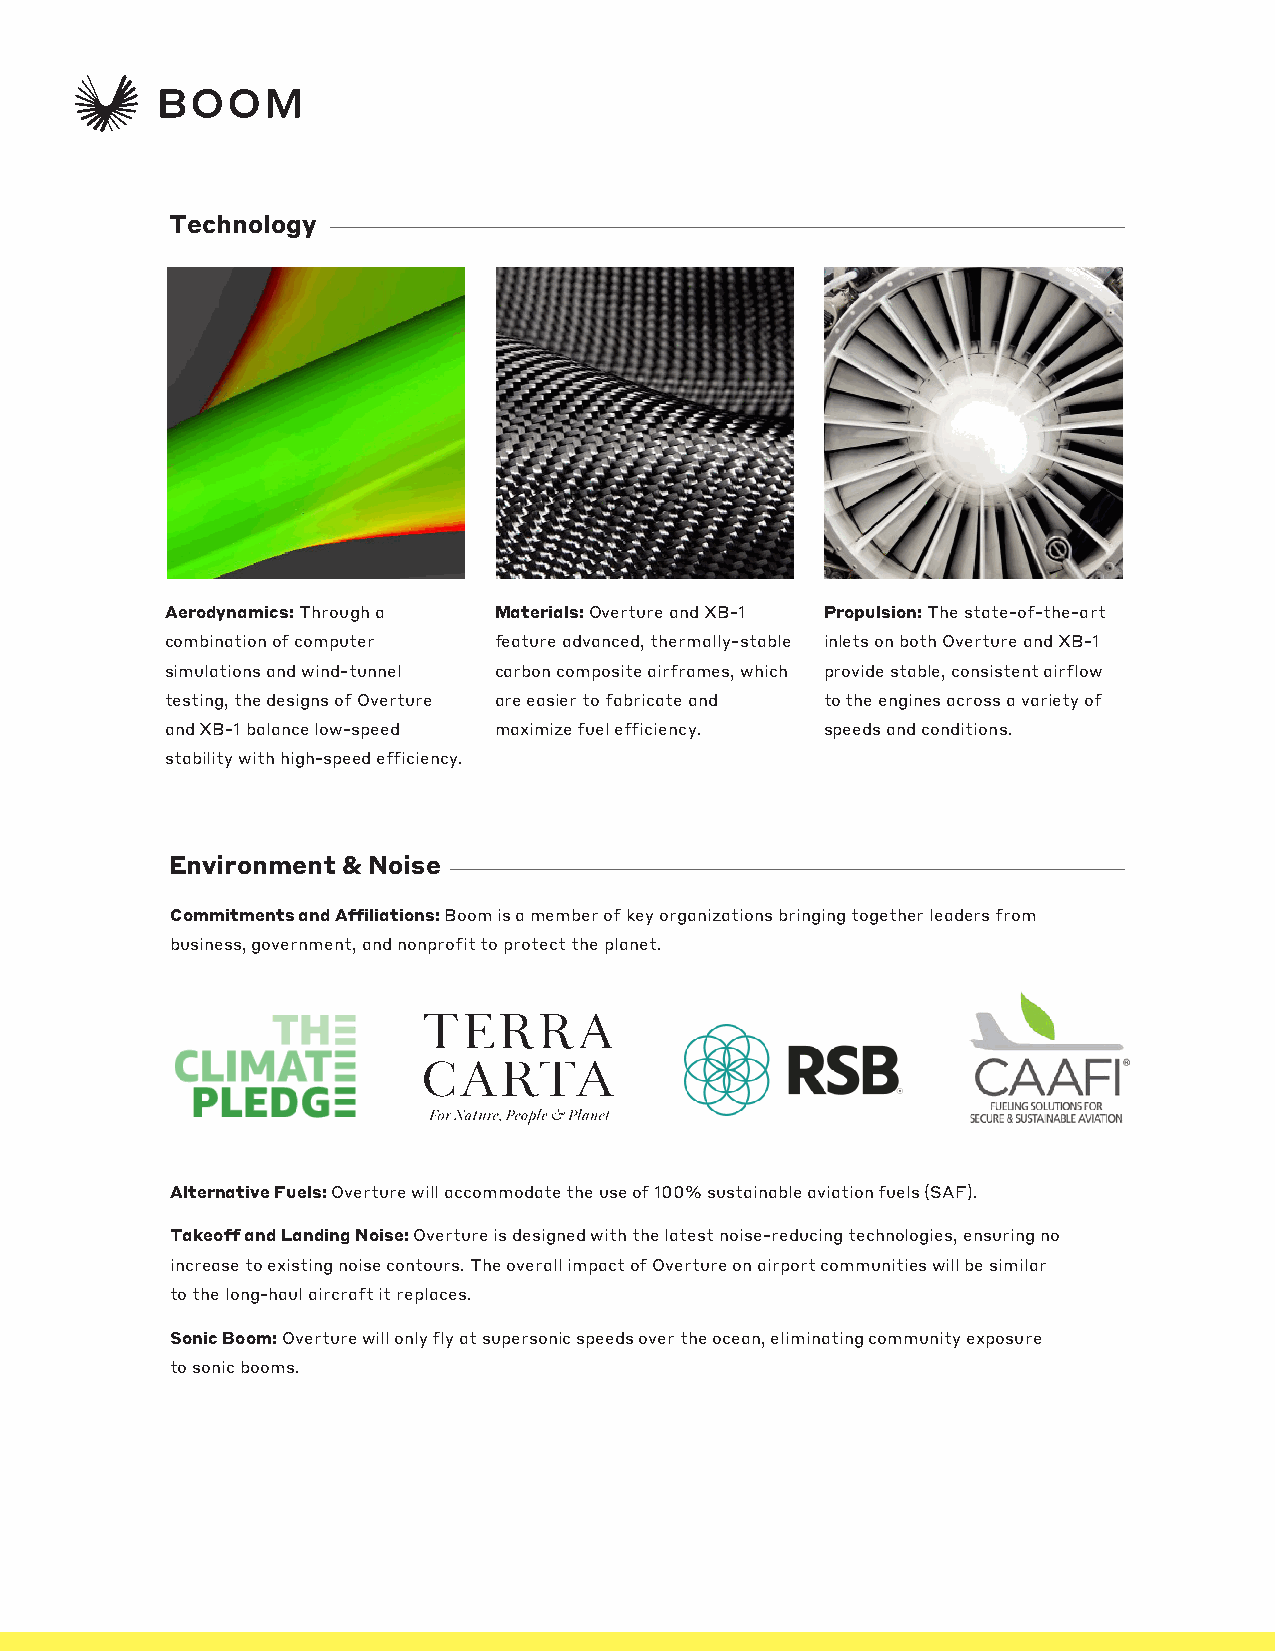
Technology
 Aerodynamics: Through a Materials: Overture and XB-1 Propulsion: The state-of-the-art
 combination of computer feature advanced, thermally-stable inlets on both Overture and XB-1
 simulations and wind-tunnel carbon composite airframes, which provide stable, consistent airflow
 testing, the designs of Overture are easier to fabricate and to the engines across a variety of
 and XB-1 balance low-speed maximize fuel efficiency. speeds and conditions.
 stability with high-speed efficiency.
 Environment & Noise
 Commitments and Affiliations: Boom is a member of key organizations bringing together leaders from
 business, government, and nonprofit to protect the planet.
 Alternative Fuels: Overture will accommodate the use of 100% sustainable aviation fuels (SAF).
 Takeoff and Landing Noise: Overture is designed with the latest noise-reducing technologies, ensuring no
 increase to existing noise contours. The overall impact of Overture on airport communities will be similar
 to the long-haul aircraft it replaces.
 Sonic Boom: Overture will only fly at supersonic speeds over the ocean, eliminating community exposure
 to sonic booms.